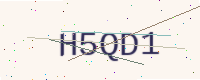
Text: H5QD1